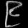
Digit: ၉